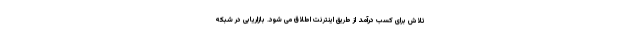
تلاش برای کسب درآمد از طریق اینترنت اطلاق می شود. بازاریابی در شبکه